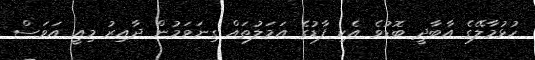
ހުޅުމާލޭގެ އާބާދީ ބޮޑުވެ އެކި ފާޑުގެ އަމަލުތައް ގިނަވަމުން ދާއިރު މިއީ އަވަސް